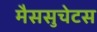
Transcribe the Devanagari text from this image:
मैससुचेटस